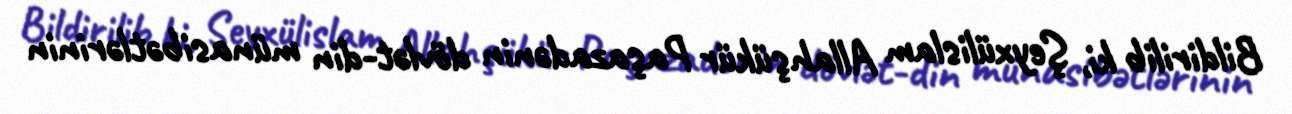
Bildirilib ki, Şeyxülislam Allahşükür Paşazadənin dövlət-din münasibətlərinin